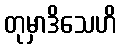
တုမှာဒိသေဟိ